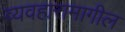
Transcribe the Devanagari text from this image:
व्यवहारामागील